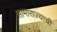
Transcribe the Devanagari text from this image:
सामाराज्याची